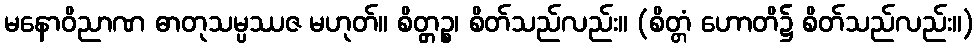
မနောဝိညာဏ ဓာတုသမ္ပဿဇ မဟုတ်။ စိတ္တ္ကဉ္စ၊ စိတ်သည်လည်း။ (စိတ္တံ ဟောတိ၌ စိတ်သည်လည်း။)